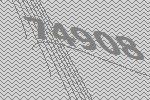
74908